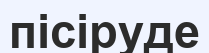
пісіруде